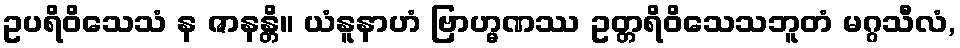
ဥပရိဝိသေသံ န ဇာနန္တိ။ ယံနူနာဟံ ဗြာဟ္မဏဿ ဥတ္တရိဝိသေသဘူတံ မဂ္ဂသီလံ,